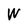
Character: W